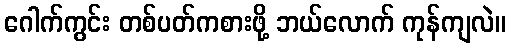
ဂေါက်ကွင်း တစ်ပတ်ကစားဖို့ ဘယ်လောက် ကုန်ကျလဲ။